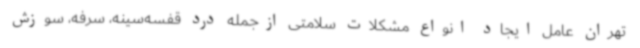
تهران عامل ایجاد انواع مشکلات سلامتی ازجمله درد قفسه‌سینه، سرفه، سوزش